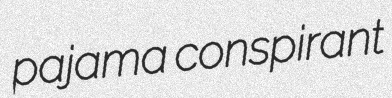
pajama conspirant